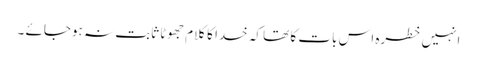
انہیں خطرہ اس بات کا تھا کہ خدا کا کلام جھوٹا ثابت نہ ہوجائے ۔